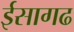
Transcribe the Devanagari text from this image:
ईसागढ